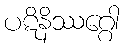
ပဋိနိဿဂ္ဂေါ